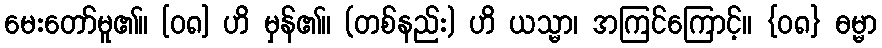
မေးတော်မူ၏။ [၀၈] ဟိ မှန်၏။ (တစ်နည်း) ဟိ ယသ္မာ၊ အကြင်ကြောင့်။ {၀၈} ဓမ္မာ